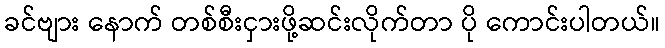
ခင်ဗျား နောက် တစ်စီးငှားဖို့ဆင်းလိုက်တာ ပို ကောင်းပါတယ်။